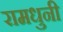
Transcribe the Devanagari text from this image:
रामधुनी